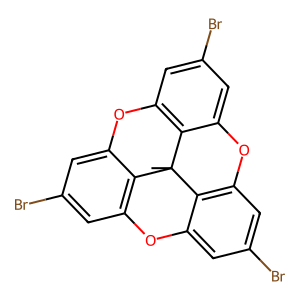
SMILES: CC12c3c4cc(Br)cc3Oc3cc(Br)cc(c31)Oc1cc(Br)cc(c12)O4
Inhibits HIV replication: No